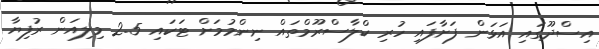
އިސްދޫގައި އަޅަން ފަށާފައި ހުރި ކްލާސްރޫމްތައް ނިންމުމަށް ޓަކައި 2.5 މިލިއަން ރުފިޔާ